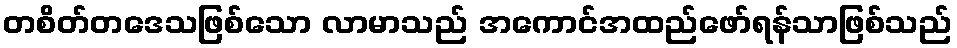
တစိတ်တဒေသဖြစ်သော လာမာသည် အကောင်အထည်ဖော်ရန်သာဖြစ်သည်